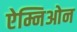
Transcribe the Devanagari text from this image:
ऐम्निओन